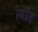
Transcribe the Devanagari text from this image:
लोद